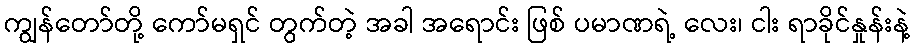
ကျွန်တော်တို့ ကော်မရှင် တွက်တဲ့ အခါ အရောင်း ဖြစ် ပမာဏရဲ့ လေး၊ ငါး ရာခိုင်နှုန်းနဲ့